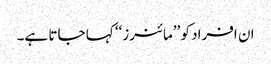
ان افراد کو ’’مائنرز‘‘ کہا جاتا ہے۔